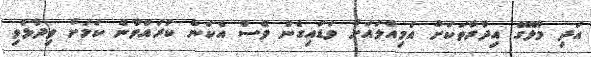
އަދި މާލޭގެ އިދާރާތަކަށް އަމިއްލައަށް ވަޑައިގެން ވެސް އެކަން ކުރައްވާނެ ކަމަށް ވިދާޅުވި